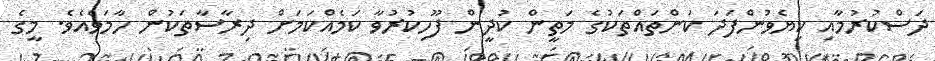
ދަސްކުރުމާއި ކިޔެވުންފަދަ ކަންތައްތަކުގެ މަތީން ކުދީން ފޫހިކުރުވާ ކަމެއްކަމަށް ދިރާސާތަކުން ހާމަވެއެވެ. މީގެ